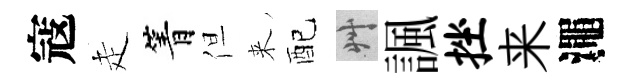
寇走箐但来配艸諷挫来澠